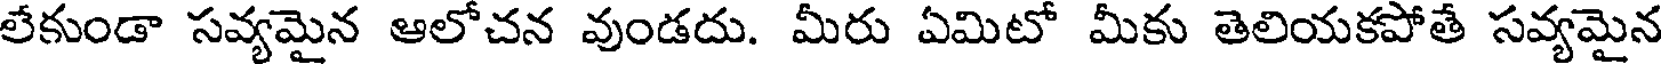
లేకుండా సవ్యమైన ఆలోచన వుండదు. మీరు ఏమిటో మీకు తెలియకపోతే సవ్యమైన